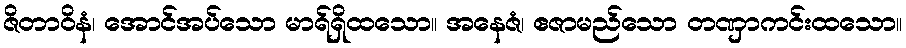
ဇိတာဝိနံ၊ အောင်အပ်သော မာရ်ရှိထသော။ အနေဇံ၊ ဧဇာမည်သော တဏှာကင်းထသော။